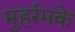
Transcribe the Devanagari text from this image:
मुहर्रमके